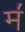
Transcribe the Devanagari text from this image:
म॔